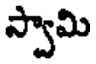
స్వామి